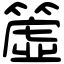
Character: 𥳁